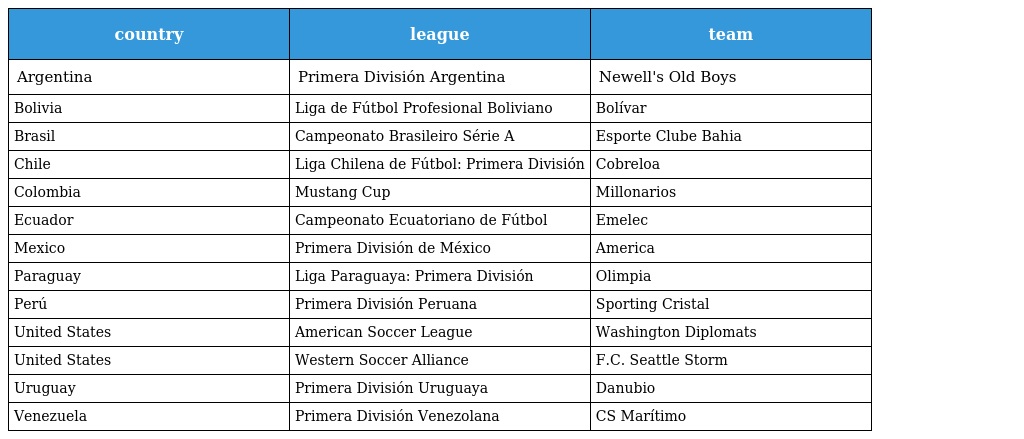
| country | league | team |
 | --- | --- | --- |
 | Argentina | Primera División Argentina | Newell's Old Boys |
 | Bolivia | Liga de Fútbol Profesional Boliviano | Bolívar |
 | Brasil | Campeonato Brasileiro Série A | Esporte Clube Bahia |
 | Chile | Liga Chilena de Fútbol: Primera División | Cobreloa |
 | Colombia | Mustang Cup | Millonarios |
 | Ecuador | Campeonato Ecuatoriano de Fútbol | Emelec |
 | Mexico | Primera División de México | America |
 | Paraguay | Liga Paraguaya: Primera División | Olimpia |
 | Perú | Primera División Peruana | Sporting Cristal |
 | United States | American Soccer League | Washington Diplomats |
 | United States | Western Soccer Alliance | F.C. Seattle Storm |
 | Uruguay | Primera División Uruguaya | Danubio |
 | Venezuela | Primera División Venezolana | CS Marítimo |